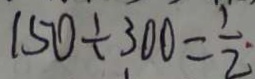
1 5 0 \div 3 0 0 = \frac { 1 } { 2 }